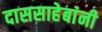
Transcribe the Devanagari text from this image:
दाससाहेबांनी